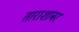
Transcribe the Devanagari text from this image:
ताराशाबर